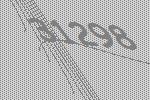
31298